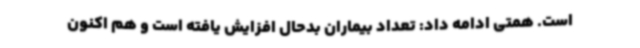
است. همتی ادامه داد: تعداد بیماران بدحال افزایش یافته است و هم اکنون